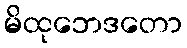
မိထုဘေဒတော